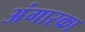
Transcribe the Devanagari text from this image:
अंगारका